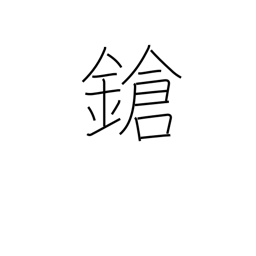
Meaning: lance